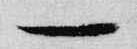
一